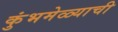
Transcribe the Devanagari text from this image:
कुंभमेळ्याची